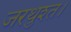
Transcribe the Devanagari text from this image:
जरथुश्त।